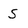
Character: S